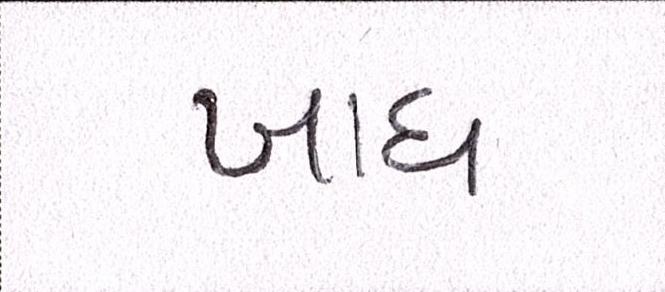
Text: ખાધ